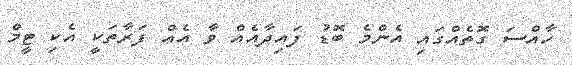
ހާއްސަ ގޮތެއްގައި އެންމެ ބޮޑު ފައިދާއެއް ވާ އެއް ފަރާތަކީ އެކި ޓީމް